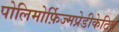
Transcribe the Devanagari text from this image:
पोलिमोर्फ़िज्मप्रेडीकेटिव